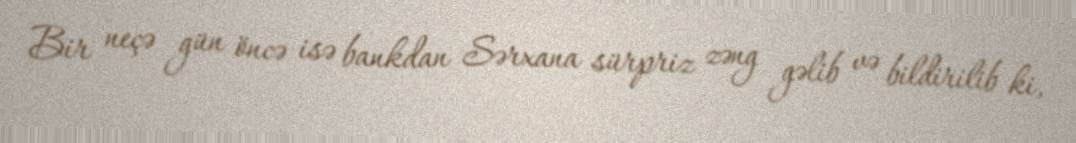
Bir neçə gün öncə isə bankdan Sərxana sürpriz zəng gəlib və bildirilib ki,